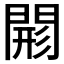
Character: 𨴸